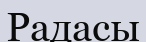
Радасы